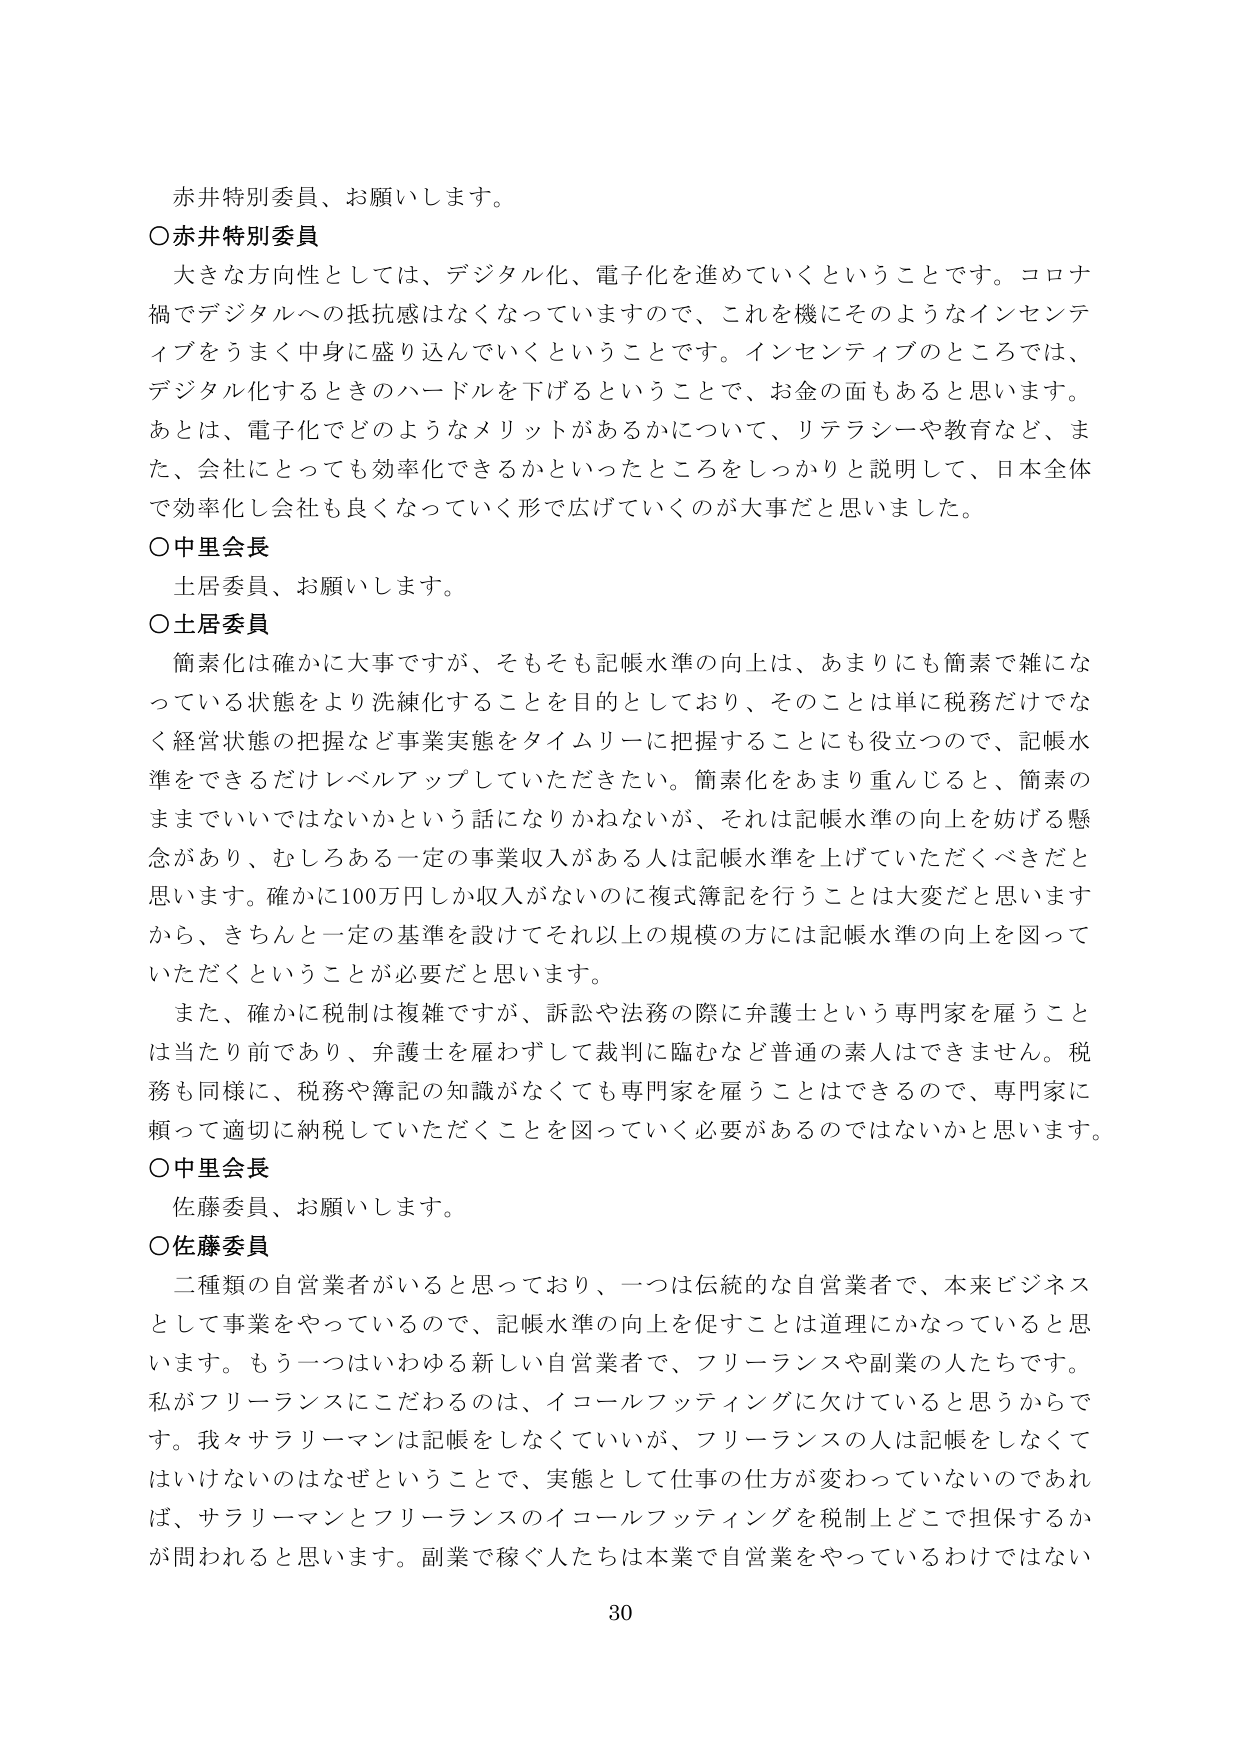
赤井特別委員、お願いします。

○赤井特別委員
大きな方向性としては、デジタル化、電子化を進めていくということです。コロナ禍でデジタルへの抵抗感はなくなっていますので、これを機にそのようなインセンティブをうまく中身に盛り込んでいくということです。インセンティブのところでは、デジタル化するときのハードルを下げるということで、お金の面もあると思います。あとは、電子化でどのようなメリットがあるかについて、リテラシーや教育など、また、会社にとっても効率化できるかといったところをしっかりと説明して、日本全体で効率化し会社も良くなっていく形で広げていくのが大事だと思いました。

○中里会長
土居委員、お願いします。

○土居委員
簡素化は確かに大事ですが、そもそも記帳水準の向上は、あまりにも簡素で雑になっている状態をより洗練化することを目的としており、そのことは単に税務だけでなく経営状態の把握など事業実態をタイムリーに把握することにも役立つので、記帳水準をできるだけレベルアップしていただきたい。簡素化をあまり重んじると、簡素のままではいけないかという話になりかねないが、それは記帳水準の向上を妨げる懸念があり、むしろある一定の事業収入がある人は記帳水準を上げていただくべきだと思います。確かに100万円しか収入がないのに複式簿記を行うことは大変だと思いますから、きちんと一定の基準を設けてそれ以上の規模の方には記帳水準の向上を図っていただくということが必要だと思います。
また、確かに税制は複雑ですが、訴訟や法務の際に弁護士という専門家を雇うことは当たり前であり、弁護士を雇わずして裁判に臨むなど普通の素人はできません。税務も同様に、税務や簿記の知識がなくても専門家を雇うことはできるので、専門家に頼って適切に納税していただくことを図っていく必要があるのではないかと思います。

○中里会長
佐藤委員、お願いします。

○佐藤委員
二種類の自営業者がいると思っており、一つは伝統的な自営業者で、本来ビジネスとして事業をやっているので、記帳水準の向上を促すことは道理にかなっていると思います。もう一つはいわゆる新しい自営業者で、フリーランスや副業の人たちです。私がフリーランスにこだわるのは、イコールフッティングに欠けていると思うからです。我々サラリーマンは記帳をしなくていいが、フリーランスの人は記帳をしなくてはいけないのはなぜということで、実態として仕事の仕方が変わっていないのであれば、サラリーマンとフリーランスのイコールフッティングを税制上どこで担保するかが問われると思います。副業で稼ぐ人たちは本業で自営業をやっているわけではない

30